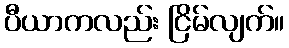
ပီယာကလည်း ငြိမ်လျက်။